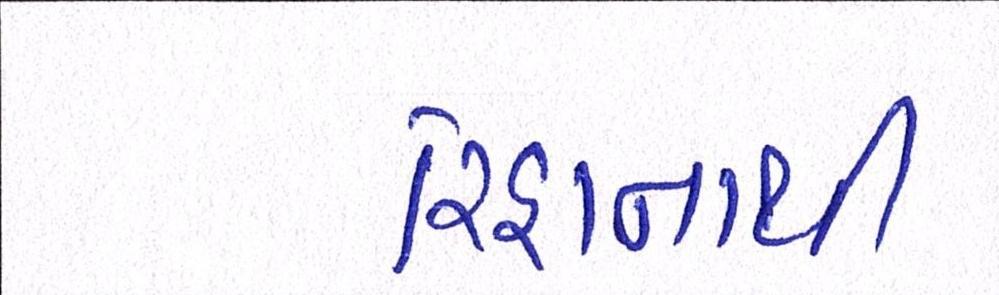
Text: રિહાનાથી